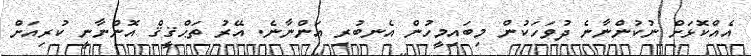
އެއްކޮޅަށް ނުކުންނާނެ ދުވަހަކުން މިބައިމީހުން އެނބުރި އަންނާނެ. އޭރު ތަޙްޤީޤް އޮންނާނީ ކުރިއަށް